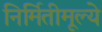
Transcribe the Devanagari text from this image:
निर्मितीमूल्ये